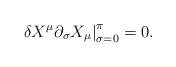
LaTeX: \begin{align*}\left. \delta X^\mu \partial_\sigma X_\mu\right| _{\sigma = 0} ^\pi =0.\end{align*}